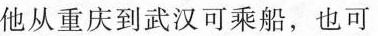
他从重庆到武汉可乘船，也可